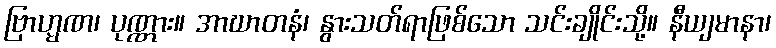
ဗြာဟ္မဏ၊ ပုဏ္ဏား။ အာဃာတနံ၊ နွားသတ်ရာဖြစ်သော သင်းချိုင်းသို့။ နီယျမာနာ၊